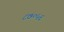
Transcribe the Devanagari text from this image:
८७०५६